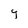
Character: y